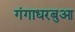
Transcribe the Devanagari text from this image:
गंगाधरबुआ